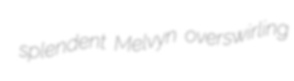
splendent Melvyn overswirling